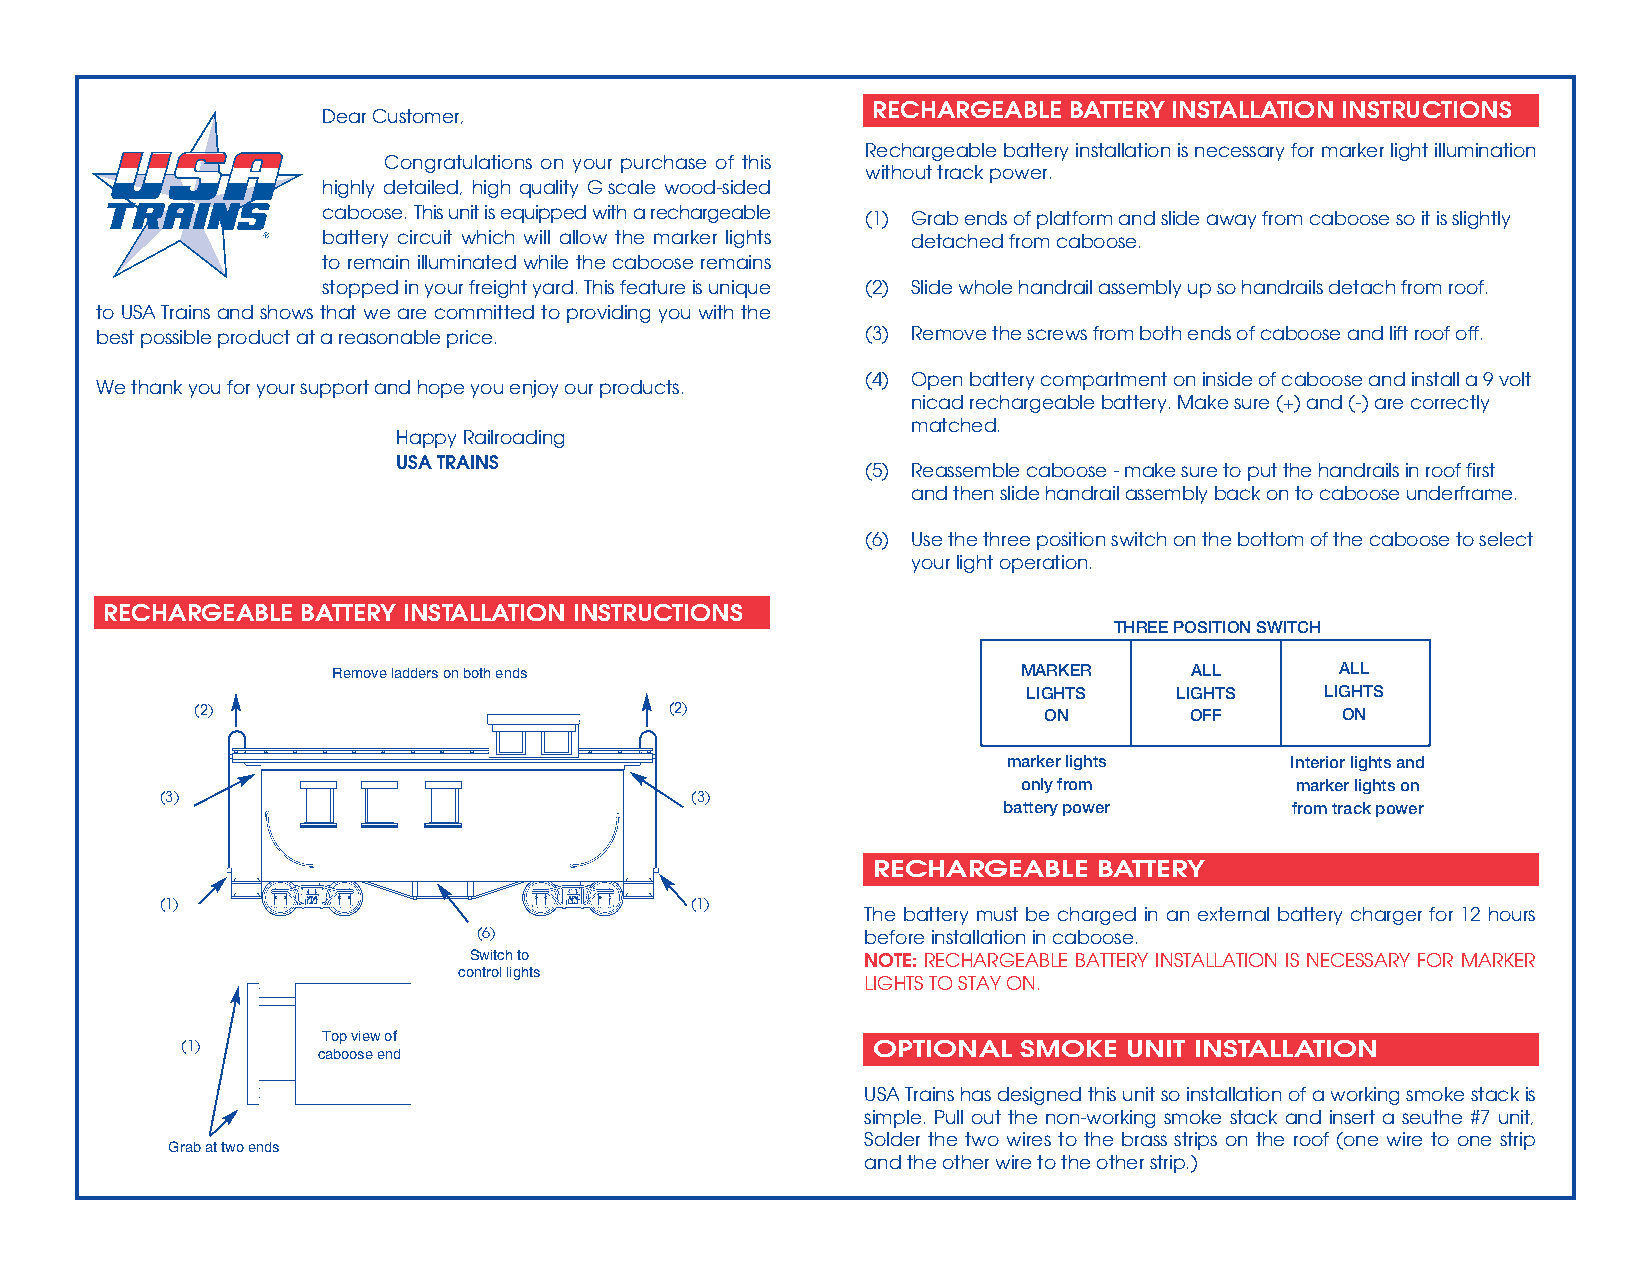
RECHARGEABLE BATTERY INSTALLATION INSTRUCTIONS
 Dear Customer,
 Rechargeable battery installation is necessary for marker light illumination
 Congratulations on your purchase of this
 without track power.
 highly detailed, high quality G scale wood-sided
 caboose.This unit is equipped with a rechargeable
 (1) Grab ends of platform and slide away from caboose so it is slightly
 battery circuit which will allow the marker lights detached from caboose.
 to remain illuminated while the caboose remains
 stopped in your freight yard. This feature is unique (2) Slide whole handrail assembly up so handrails detach from roof.
 to USA Trains and shows that we are committed to providing you with the
 best possible productat a reasonable price.        (3) Remove the screws from both ends of caboose and lift roof off.
 (4) Open battery compartment on inside of caboose and install a 9 volt
 We thank you for your support and hope you enjoy our products.
 nicad rechargeable battery. Make sure (+) and (-) are correctly
 matched.
 Happy Railroading
 USA TRAINS
 (5) Reassemble caboose - make sure to put the handrails in roof first
 and then slide handrail assembly back on to caboose underframe.
 (6) Use the three position switch on the bottom of the caboose to select
 your light operation.
 RECHARGEABLE BATTERY INSTALLATION INSTRUCTIONS
 THREE POSITION SWITCH
 Remove ladders on both ends                   MARKER     ALL       ALL
 LIGHTS    LIGHTS    LIGHTS
 (2)                            (2)                      ON        OFF       ON
 marker lights     Interior lights and
 only from         marker lights on
 (3)                                (3)
 battery power      from track power
 RECHARGEABLE   BATTERY
 (1)                                (1)
 The battery must be charged in an external battery charger for 12 hours
 (6)                      before installation in caboose.
 Switch to                 NOTE: RECHARGEABLE BATTERY INSTALLATION IS NECESSARY FOR MARKER
 control lights
 LIGHTS TO STAY ON.
 (1)      Top view of                          OPTIONAL  SMOKE UNIT INSTALLATION
 caboose end
 USA Trains has designed this unit so installation of a working smoke stack is
 simple. Pull out the non-working smoke stack and insert a seuthe #7 unit,
 Solder the two wires to the brass strips on the roof (one wire to one strip
 Grab at two ends
 and the other wire to the other strip.)